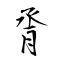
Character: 脀